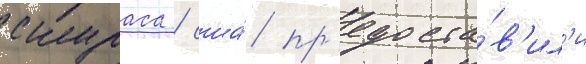
скураса / сша́ пр'едоста́в'ил'и